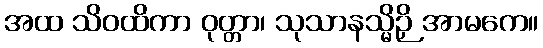
အထ သိဝထိကာ ဝုတ္တာ၊ သုသာနသ္မိဉှိ အာမကေ။